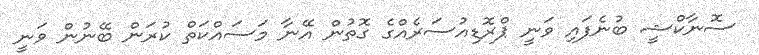
ސޮނާކްޝީ ބުނެފައި ވަނީ ޕްރޮޑިއުސަރެއްގެ ގޮތުން އޭނާ މަސައްކަތް ކުރަން ބޭނުން ވަނީ